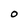
Character: O